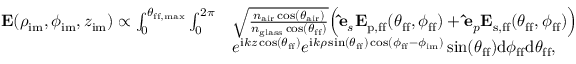
\begin{array} { r l } { \mathbf { E } ( \rho _ { \mathrm { i m } } , \phi _ { \mathrm { i m } } , z _ { \mathrm { i m } } ) \propto \int \displaylimits _ { 0 } ^ { \theta _ { \mathrm { f f , m a x } } } \int \displaylimits _ { 0 } ^ { 2 \pi } } & { \sqrt { \frac { n _ { \mathrm { a i r } } \cos ( \theta _ { \mathrm { a i r } } ) } { n _ { \mathrm { g l a s s } } \cos ( \theta _ { \mathrm { f f } } ) } } \Bigl ( \mathbf { \hat { e } } _ { s } \mathbf { E } _ { \mathrm { p , f f } } ( \theta _ { \mathrm { f f } } , \phi _ { \mathrm { f f } } ) + \mathbf { \hat { e } } _ { p } \mathbf { E } _ { \mathrm { s , f f } } ( \theta _ { \mathrm { f f } } , \phi _ { \mathrm { f f } } ) \Bigr ) } \\ & { e ^ { \mathrm { i } k z \cos ( \theta _ { \mathrm { f f } } ) } e ^ { \mathrm { i } k \rho \sin ( \theta _ { \mathrm { f f } } ) \cos ( \phi _ { \mathrm { f f } } - \phi _ { \mathrm { i m } } ) } \sin ( \theta _ { \mathrm { f f } } ) \mathrm { d } \phi _ { \mathrm { f f } } \mathrm { d } \theta _ { \mathrm { f f } } , } \end{array}